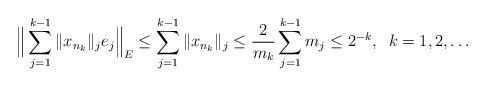
LaTeX: \begin{align*}\Big\|\sum_{j=1}^{k-1}\|x_{n_k}\|_{j}e_j\Big\|_E\le \sum_{j=1}^{k-1}\|x_{n_k}\|_{j}\le\frac{2}{m_k}\sum_{j=1}^{k-1}m_j\le 2^{-k},\;\;k=1,2,\dots\end{align*}